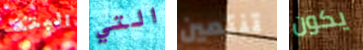
البته التي تنتمين يكون